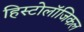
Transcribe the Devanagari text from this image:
हिस्टोलॉजिकल